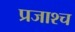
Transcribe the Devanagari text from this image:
प्रजाश्‍च